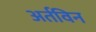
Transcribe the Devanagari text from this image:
अर्तविन